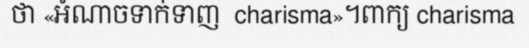
ថា «អំណាចទាក់ទាញ  charisma»។ពាក្យ charisma